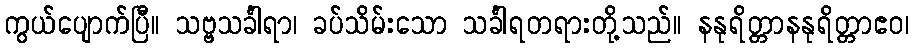
ကွယ်ပျောက်ပြီ။ သဗ္ဗသင်္ခါရာ၊ ခပ်သိမ်းသော သင်္ခါရတရားတို့သည်။ နနုရိတ္တာနနုရိတ္တာဧဝ၊